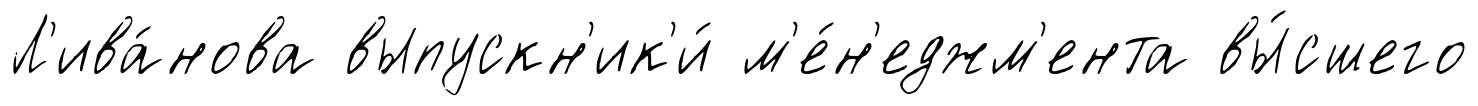
Л'ива́нова выпускн'ик'и́ м'е́н'еджм'ента вы́сшего